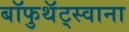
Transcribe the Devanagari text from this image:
बॉफुथॅट्स्वाना